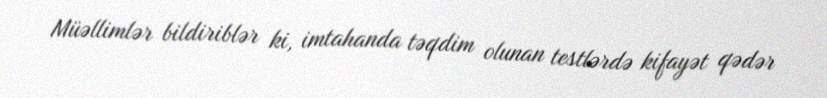
Müəllimlər bildiriblər ki, imtahanda təqdim olunan testlərdə kifayət qədər